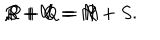
LaTeX: R + U = M \hspace { . 1 i n } , \hspace { . 1 i n } S + V = N \hspace { . 1 i n } , \hspace { . 1 i n } P + Q = R + S .